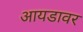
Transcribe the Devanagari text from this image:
आयडावर